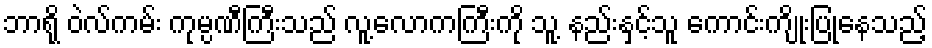
ဘာရို ဝဲလ်ကမ်း ကုမ္ပဏီကြီးသည် လူ့လောကကြီးကို သူ့ နည်းနှင့်သူ ကောင်းကျိုးပြုနေသည့်